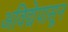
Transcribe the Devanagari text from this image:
अविद्येपासून